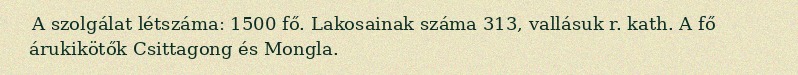
A szolgálat létszáma: 1500 fő. Lakosainak száma 313, vallásuk r. kath. A fő árukikötők Csittagong és Mongla.